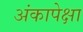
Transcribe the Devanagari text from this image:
अंकापेक्षा